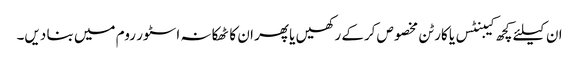
ان کیلئے کچھ کیبنٹس یا کارٹن مخصوص کرکے رکھیں یا پھر ان کا ٹھکانہ اسٹور روم میں بنا دیں۔